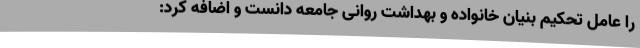
را عامل تحکیم بنیان خانواده و بهداشت روانی جامعه دانست و اضافه کرد: